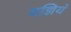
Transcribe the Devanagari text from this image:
यज्ञियं